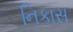
નિકાસ